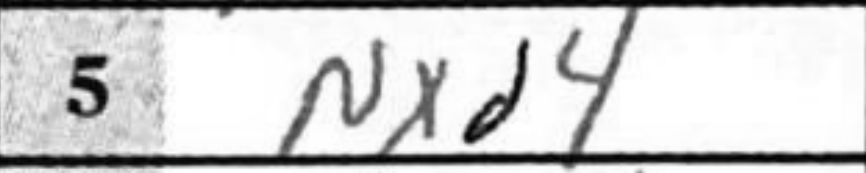
Transcription: Nxd4